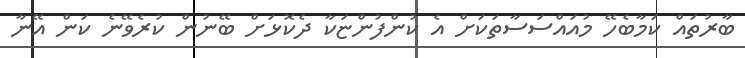
ބާރުތައް ކަމާބެހޭ މުއައްސަސާތަކަށް އެ ކުންފުންޏަކާ ދެކޮޅަށް ބޭނުން ކުރެވޭނެ ކަން އޭނާ